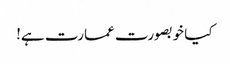
کیا خوبصورت عمارت ہے!